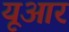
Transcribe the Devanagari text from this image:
यूआर